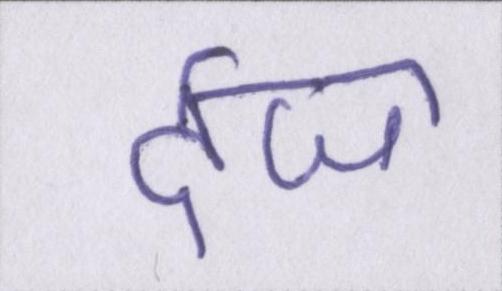
र्दज